system: You are a helpful assistant.
user:
Analyze the provided spectrum to determine if it is a **S-type Star**.

- **Key Indicators for S-type Star:**

    - **(Overall Spectrum Shape):** The first and most obvious characteristic is the overall continuum (the "baseline" shape). It is **extremely "red-sloping,"** meaning the flux (light intensity) is very low on the left side (blue, ~4000-4500 Å) and rises steeply and continuously toward the right side (red, ~7000 Å+).

    - **(Primary):** The spectrum is defined by the presence of strong, broad molecular absorption "valleys" (bands) from **Zirconium Oxide (ZrO)**. The identification of these bands is the **primary requirement** for classifying a star as S-type.
        - **(Key Bandheads):** You must find distinct, deep "dips" where the light has been absorbed. The most critical band systems to locate are:
            - **~6474 Å** ($\gamma$-system): This is often the strongest and clearest ZrO feature, found in the red part of the spectrum.
            - **~5718 Å** & **~5551 Å** ($\beta$-system): A pair of prominent absorption features in the yellow-orange part of the spectrum.
            - **~4640 Å** ($\alpha$-system): A key absorption band system in the blue-green region of the spectrum.

    - **(Secondary Confirmation):** The classification is strengthened by finding additional absorption bands from other related heavy element oxides, which are expected to be present alongside ZrO.
        - **(Key Bandheads):**
            - **Yttrium Oxide (YO):** Look for absorption dips near **~4800 Å** and **~6100 Å**.
            - **Lanthanum Oxide (LaO):** Additional absorption features, particularly in the red-orange part of the spectrum, are also characteristic.

    - **(Line Profile):** The combination of the steep red continuum and these numerous, deep molecular bands (ZrO, YO, etc.) gives the entire spectrum a very **"chopped-up"** or **"bumpy"** appearance. Instead of a smooth curve, the spectrum looks as though large, wide chunks of light have been "carved out" of it at the specific wavelengths listed above.

Think first, call **spectral_visualization_tool** if needed to examine features in detail, then provide your final answer. Your response must adhere to the following strict rules:
1.  **Overall Structure:** Your response must follow the format `<think>...</think> <tool_call>...</tool_call> (if a tool is used) <answer>...</answer>`.
2.  **Tool Usage Constraint:** You may only make **one** tool call per turn.
3.  **Final Answer Format:** In the `<answer>` tag, your conclusion must be inside a `\boxed{}` command (e.g., `\boxed{YES}` or `\boxed{NO}`), followed by your justification.

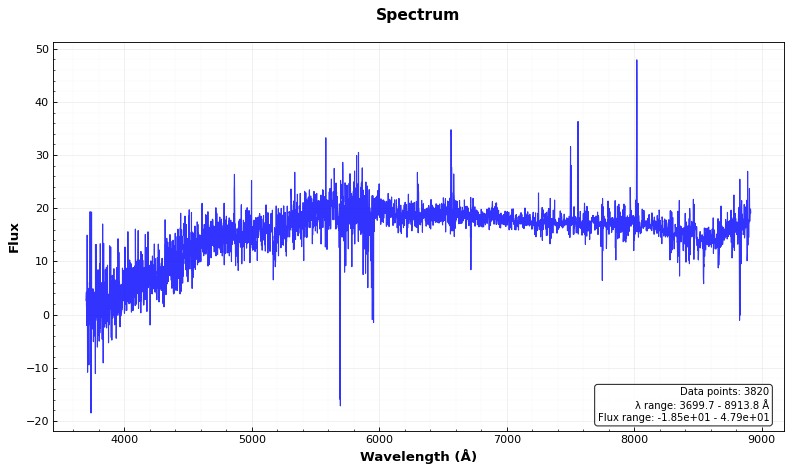
Answer: NO